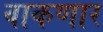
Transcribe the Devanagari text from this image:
वाकणार